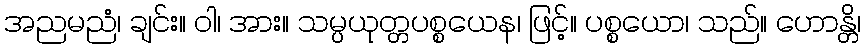
အညမညံ၊ ချင်း။ ဝါ၊ အား။ သမ္ပယုတ္တပစ္စယေန၊ ဖြင့်။ ပစ္စယော၊ သည်။ ဟောန္တိ၊